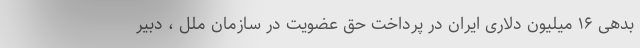
بدهی ۱۶ میلیون دلاری ایران در پرداخت حق عضویت در سازمان ملل ، دبیر